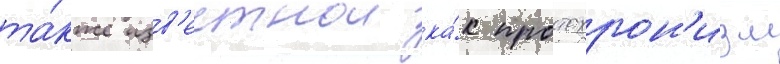
та́кже изв'естнои ка́к протохрон'изм